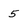
Character: 5